Trukikaitis_Postimees, lk 67
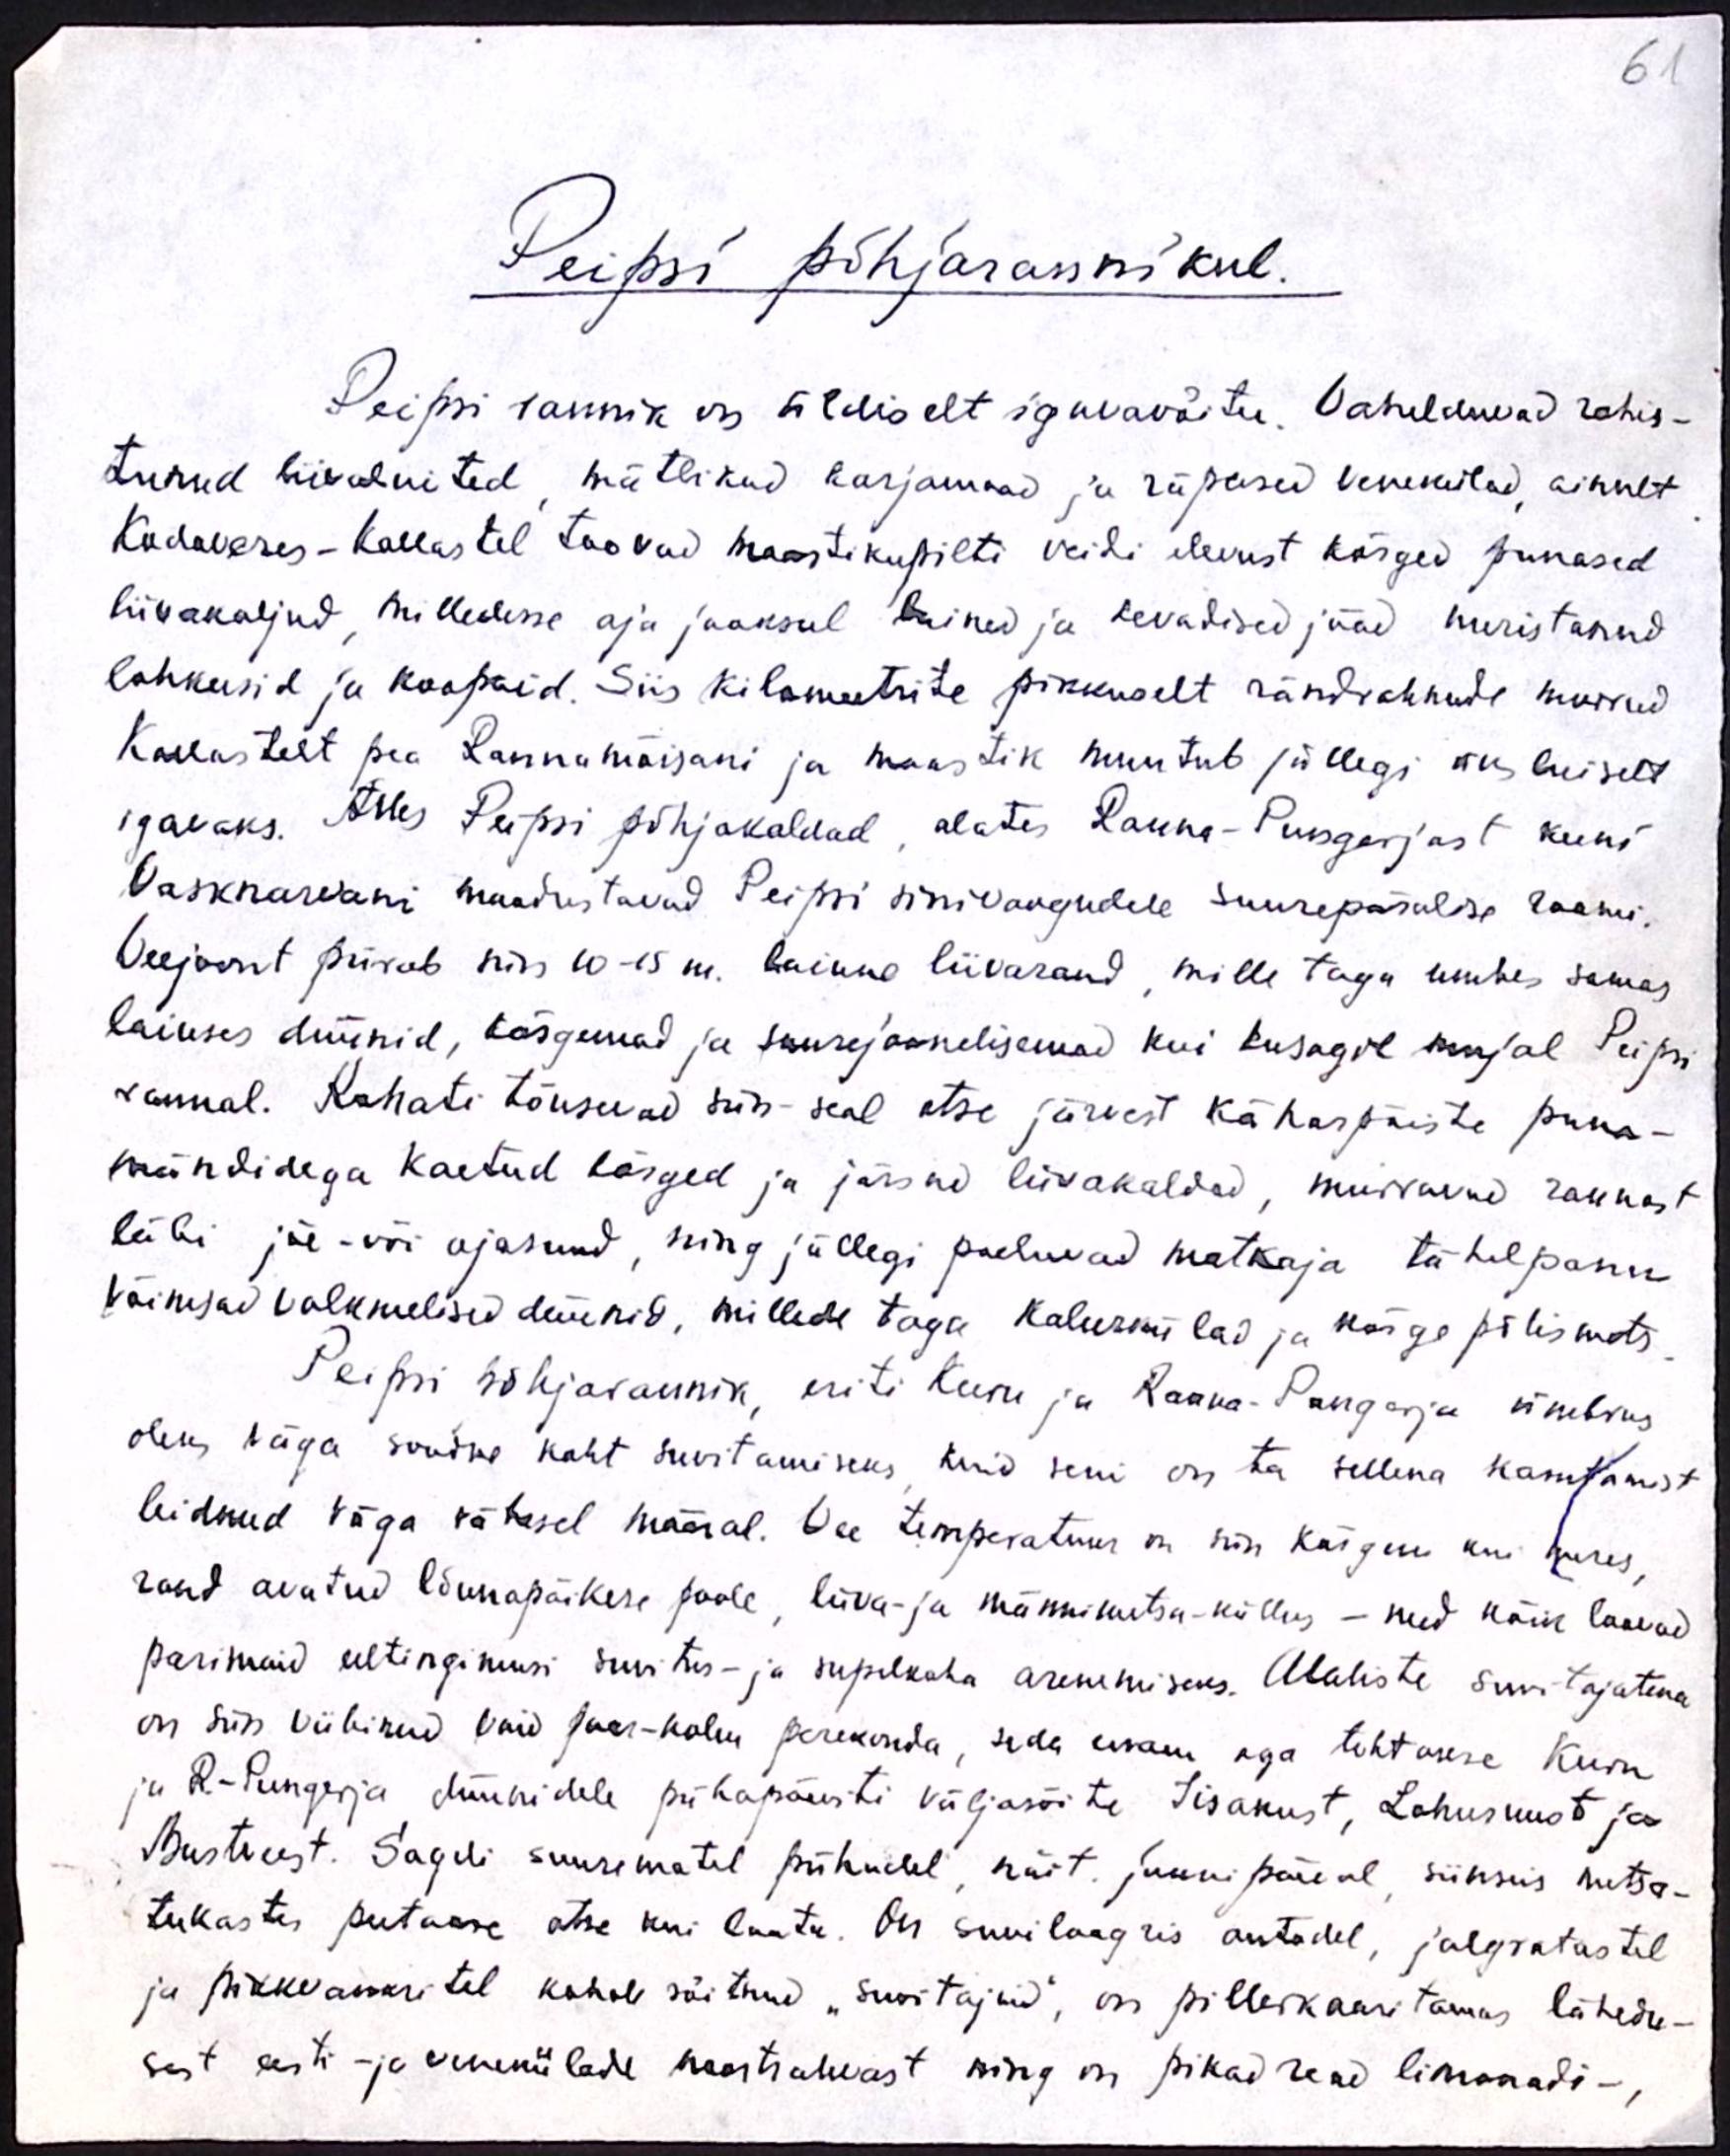
61

Peipsi põhjarannikul.

Peipsi rannik on üldiselt igavavõitu. Vahelduvad rohis-
tunud liivaluited, mõtlikud karjamaad ja räpased venekülad, ainult
Kodaveres-Kallastel toovad maastikupilti veidi elevust kõrged punased
liivakaljud, milledesse aja jooksul lained ja kevadised jääd uuristanud
lahkusid ja koopaid. Siis kilomeetrite pikkuselt rändrahnude murrud
Kallastelt pea Rannamõisani ja maastik muutub jällegi üks luiselt
igavaks. Alles Peipsi põhjakaldad, alates Ranna-Pungerjast kuni
Vasknarvani moodustavad Peipsi sinivangudele suurepäralise raami.
Veejoont piirab siin 10-15 m. laiune liivarand, mille taga umbes samas
laiuses düünid, kõrgemad ja suurejoonelisemad kui kusagil mujal Peipsi
rannal. Kohati tõusevad siin-seal otse järvest käharpäiste puna-
mändidega kaetud kõrged ja järsud liivakaldad, murravad rannast
läbi jõe- või ojasuud, ning jällegi paeluvad matkaja tähelepanu
võimsad valkmelised düünid, millede taga kalurikülad ja kõrge põlismets.
Peipsi põhjarannik, eriti Kuru ja Ranna-Pungerja ümbrus
oleks väga soodne koht suvitamiseks kuid seni on ta sellena kasutamist
leidnud väga vähesel määral. Vee temperatuur on siin kõrgem kui meres,
rand avatud lõunapäikese poole, liiva- ja männimetsa-küllus - need kõik loovad
parimaid eeltingimusi suvitus- ja supelkoha arenemiseks. Alaliste suvitajatena
on siin viibinud vaid paar-kolm perekonda, seda enam aga tehtakse Kuru
ja R-Pungerja düünidele pühapäeviti väljasõite Iisakust, Lohusuust ja
Mustveest. Sageli suurematel pühadel, näit. jaanipäeval, siinseis metsa-
tukastes peetakse otse kui laatu. On suvilaagris autodel, jalgratastel
ja pikkvankritel kohale sõitnud "suvitajad", on pillerkaaritamas lähedu-
sest eesti- ja venekülade noortrahvast ning on pikad read limonadi-,